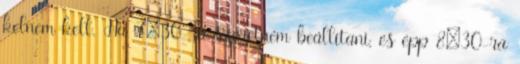
kelnem kell. Ha 7:30-ra szeretném beállítani, és épp 8:30-ra